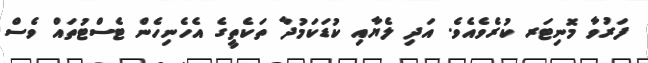
ފަރުވާ މޮނިޓަރ ކުރެވެއެވެ. އަދި ލެޔާއި ކުޑަކަމުދާ ތަކެތީގެ އެހެނިހެން ޓެސްޓުތައް ވެސް